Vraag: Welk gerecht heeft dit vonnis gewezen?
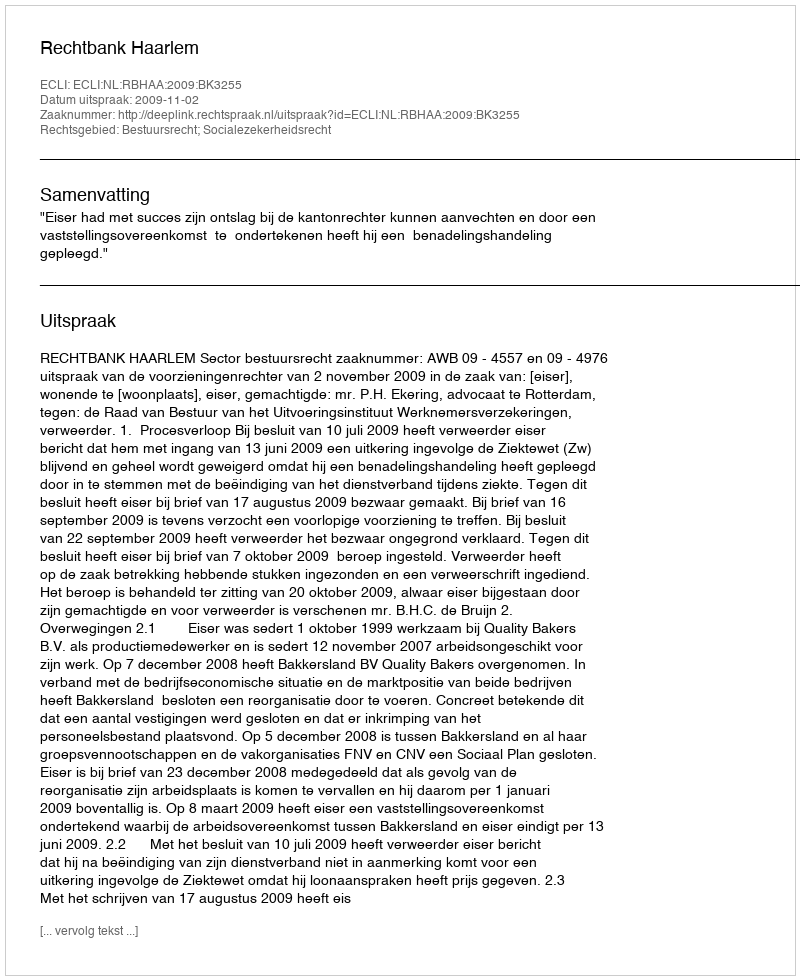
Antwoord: Rechtbank Haarlem